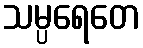
သမ္ပရေတေ